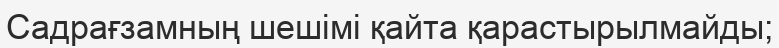
Садрағзамның шешімі қайта қарастырылмайды;